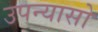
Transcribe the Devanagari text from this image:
उपन्यासो